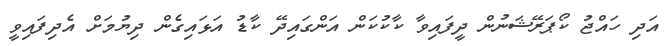
އަދި ހައްޖު ކޯޕަރޭޝަނުން ދީފައިވާ ކާކުކަން އަންގައިދޭ ކާޑު އަޅައިގެން ދިޔުމަށް އެދިފައިވީ